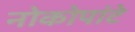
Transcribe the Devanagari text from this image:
नोकोपांटे